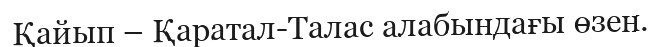
Қайып – Қаратал-Талас алабындағы өзен.